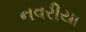
નવરીયા